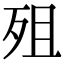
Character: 殂